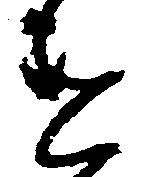
違